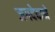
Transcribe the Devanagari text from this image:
जगदेवाने